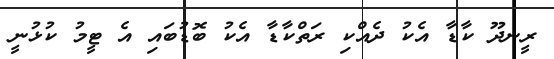
ރީނދޫ ކާޑާ އެކު ދެއްކި ރަތްކާޑާ އެކު ބޮޑުބައި އެ ޓީމު ކުޅުނީ